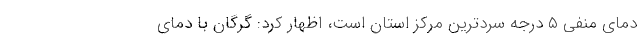
دمای منفی ۵ درجه سردترین مرکز استان است، اظهار کرد: گرگان با دمای